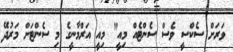
ވަރަށް ސެކްސީ ވެސް ސެންޓެއް މިއީ" މިއީ އަރްމާނީގެ މި ސެންޓަށް މަރުދޭ